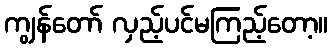
ကျွန်တော် လှည့်ပင်မကြည့်တော့။